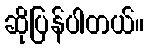
ဆိုပြန်ပါတယ်။